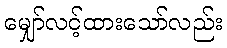
မျှော်လင့်ထားသော်လည်း